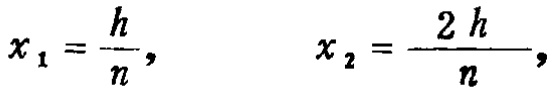
\[x_{1}=\frac{h}{n},\qquad x_{2}=\frac{2h}{n},\]